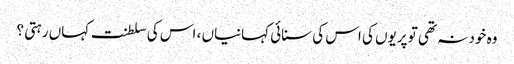
وہ خود نہ تھی تو پریوں کی اس کی سنائی کہانیاں ، اس کی سلطنت کہاں رہتی ؟